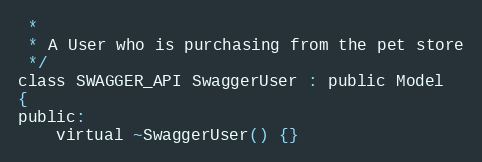
Language: C
 *
 * A User who is purchasing from the pet store
 */
class SWAGGER_API SwaggerUser : public Model
{
public:
    virtual ~SwaggerUser() {}